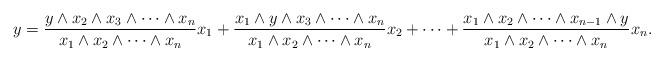
LaTeX: \begin{align*} y = \frac{y\wedge x_2\wedge x_3\wedge \cdots \wedge x_n}{x_1\wedge x_2\wedge \cdots \wedge x_n} x_1 + \frac{x_1\wedge y\wedge x_3\wedge \cdots \wedge x_n}{x_1\wedge x_2\wedge \cdots \wedge x_n} x_2+\cdots + \frac{x_1\wedge x_2\wedge \cdots \wedge x_{n-1} \wedge y}{x_1\wedge x_2\wedge \cdots \wedge x_n} x_n.\end{align*}